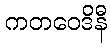
ကတဝေဒိနီ